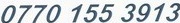
0770 155 3913